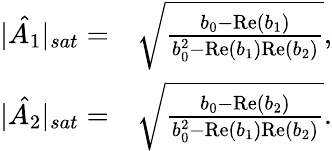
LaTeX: \begin{array}{rl}{|\hat{A_{1}}|_{sat}=}&{\sqrt{\frac{b_{0}-\mathrm{Re}(b_{1})}{b_{0}^{2}-\mathrm{Re}(b_{1})\mathrm{Re}(b_{2})}},}\\ {|\hat{A_{2}}|_{sat}=}&{\sqrt{\frac{b_{0}-\mathrm{Re}(b_{2})}{b_{0}^{2}-\mathrm{Re}(b_{1})\mathrm{Re}(b_{2})}}.}\end{array}